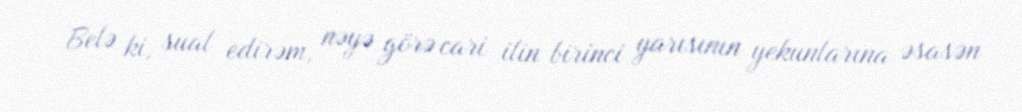
Belə ki, sual edirəm, nəyə görə cari ilin birinci yarısının yekunlarına əsasən